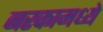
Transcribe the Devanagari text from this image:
नरकामध्ये